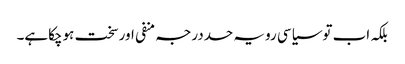
بلکہ اب توسیاسی رویہ حددرجہ منفی اورسخت ہوچکاہے۔